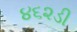
૪૬૨ડી